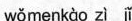
wǒmenkào zì jǐ